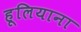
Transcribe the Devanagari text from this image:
हूलियाना